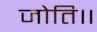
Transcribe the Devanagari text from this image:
जोति॥